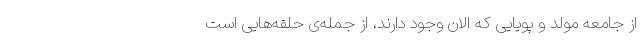
از جامعه مولد و پویایی که الان وجود دارند، از جمله‌ی حلقه‌هایی است